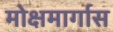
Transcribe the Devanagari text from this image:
मोक्षमार्गास